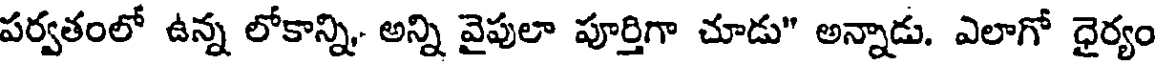
పర్వతంలో ఉన్న లోకాన్ని. అన్ని వైపులా పూర్తిగా చూడు" అన్నాడు. ఎలాగో ధైర్యం